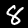
Label: 8